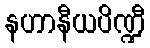
နဟာနီယပိဏ္ဍီ